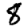
Digit: 8